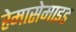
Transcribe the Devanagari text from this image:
रेमासेमाइड